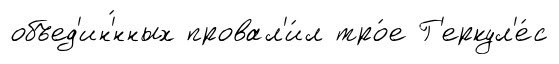
объед'ин'́нных провал'и́л тро́е Г'еркул'е́с